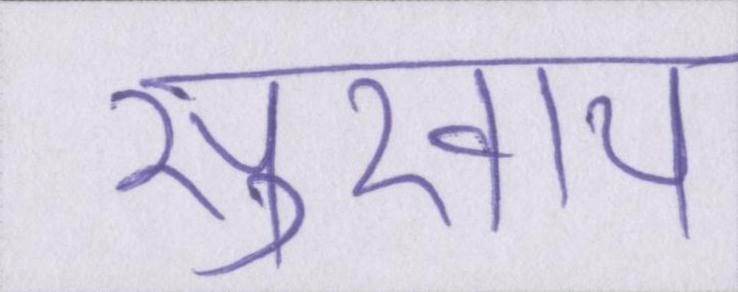
सुखाय